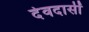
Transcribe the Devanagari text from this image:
देवदासीं